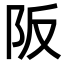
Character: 阪